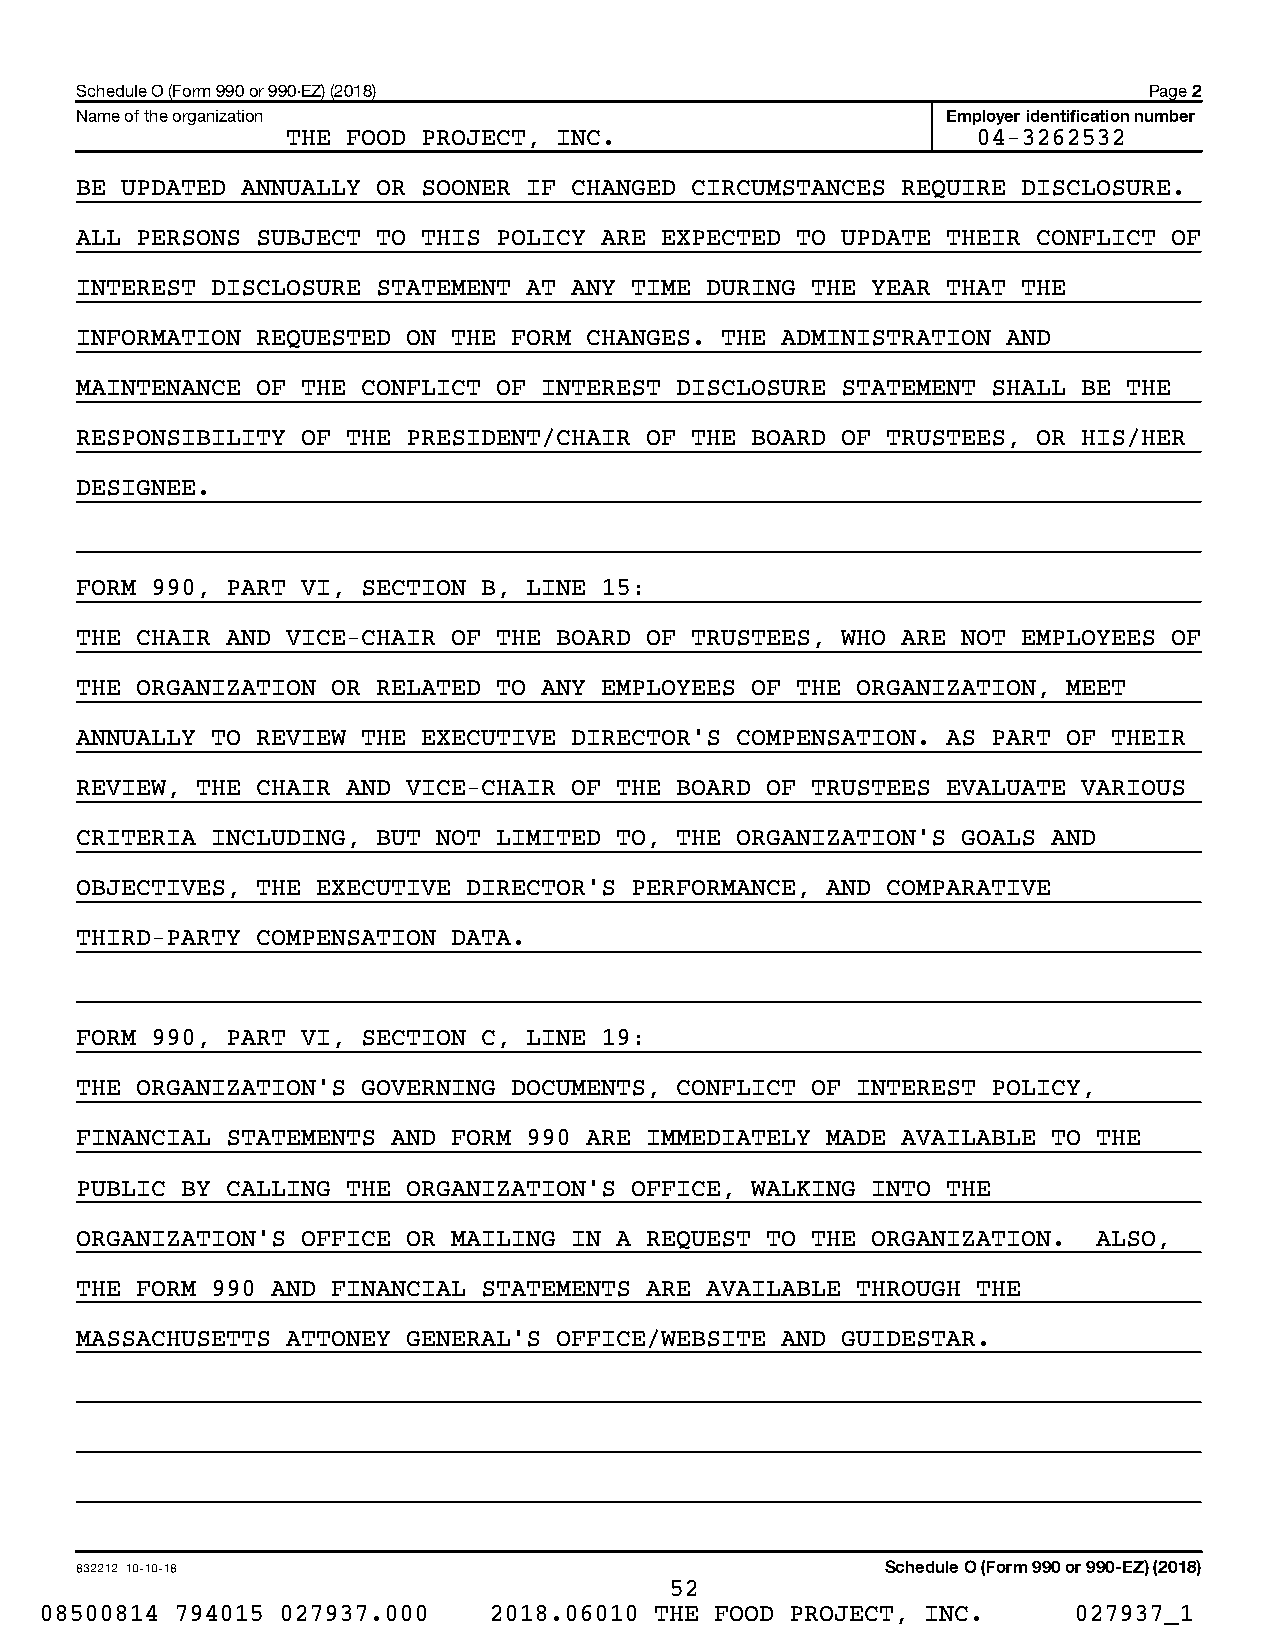
Schedule O (Form 990 or 990-EZ) (2018)                                 Page 2
 Name of the organization                                  Employer identification number
 THE FOOD PROJECT, INC.                        04-3262532
 BE UPDATED ANNUALLY OR SOONER IF CHANGED CIRCUMSTANCES REQUIRE DISCLOSURE.
 ALL PERSONS SUBJECT TO THIS POLICY ARE EXPECTED TO UPDATE THEIR CONFLICT OF
 INTEREST DISCLOSURE STATEMENT AT ANY TIME DURING THE YEAR THAT THE
 INFORMATION REQUESTED ON THE FORM CHANGES. THE ADMINISTRATION AND
 MAINTENANCE OF THE CONFLICT OF INTEREST DISCLOSURE STATEMENT SHALL BE THE
 RESPONSIBILITY OF THE PRESIDENT/CHAIR OF THE BOARD OF TRUSTEES, OR HIS/HER
 DESIGNEE.
 FORM 990, PART VI, SECTION B, LINE 15:
 THE CHAIR AND VICE-CHAIR OF THE BOARD OF TRUSTEES, WHO ARE NOT EMPLOYEES OF
 THE ORGANIZATION OR RELATED TO ANY EMPLOYEES OF THE ORGANIZATION, MEET
 ANNUALLY TO REVIEW THE EXECUTIVE DIRECTOR’S COMPENSATION. AS PART OF THEIR
 REVIEW, THE CHAIR AND VICE-CHAIR OF THE BOARD OF TRUSTEES EVALUATE VARIOUS
 CRITERIA INCLUDING, BUT NOT LIMITED TO, THE ORGANIZATION’S GOALS AND
 OBJECTIVES, THE EXECUTIVE DIRECTOR’S PERFORMANCE, AND COMPARATIVE
 THIRD-PARTY COMPENSATION DATA.
 FORM 990, PART VI, SECTION C, LINE 19:
 THE ORGANIZATION’S GOVERNING DOCUMENTS, CONFLICT OF INTEREST POLICY,
 FINANCIAL STATEMENTS AND FORM 990 ARE IMMEDIATELY MADE AVAILABLE TO THE
 PUBLIC BY CALLING THE ORGANIZATION’S OFFICE, WALKING INTO THE
 ORGANIZATION’S OFFICE OR MAILING IN A REQUEST TO THE ORGANIZATION.  ALSO,
 THE FORM 990 AND FINANCIAL STATEMENTS ARE AVAILABLE THROUGH THE
 MASSACHUSETTS ATTONEY GENERAL’S OFFICE/WEBSITE AND GUIDESTAR.
 832212 10-10-18                                       Schedule O (Form 990 or 990-EZ) (2018)
 52
 08500814 794015 027937.000   2018.06010 THE FOOD PROJECT, INC.      027937_1